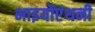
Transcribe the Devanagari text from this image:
भाइयोंएंथनी